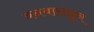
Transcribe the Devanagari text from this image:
वनवासाहून